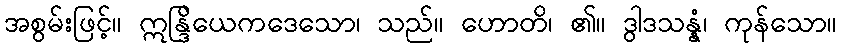
အစွမ်းဖြင့်။ ဣန္ဒြိယေကဒေသော၊ သည်။ ဟောတိ၊ ၏။ ဒွါဒသန္နံ၊ ကုန်သော။